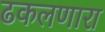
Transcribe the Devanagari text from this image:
ढकलणारा